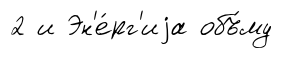
2 и Эн'е́рг'иjа объ́му